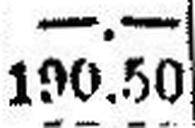
190.50